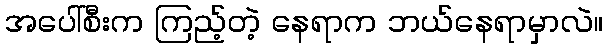
အပေါ်စီးက ကြည့်တဲ့ နေရာက ဘယ်နေရာမှာလဲ။